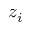
z _ { i }